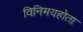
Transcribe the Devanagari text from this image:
विनिमयहोता